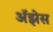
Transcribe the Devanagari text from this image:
अॅझेस